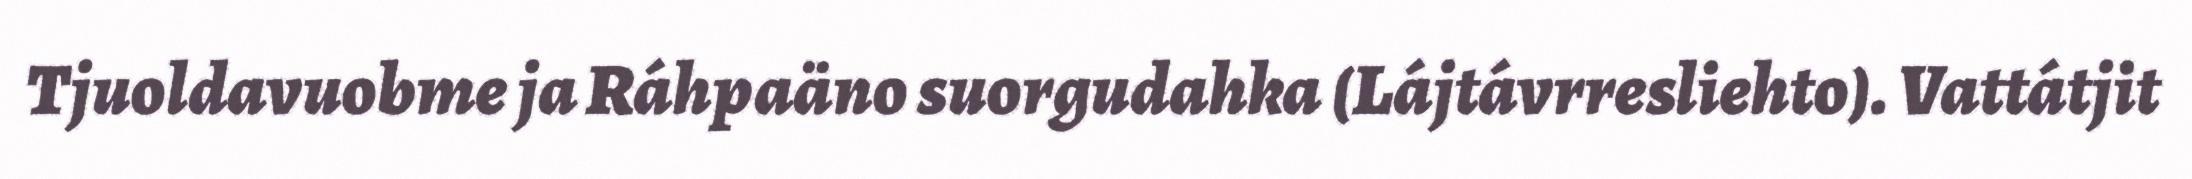
Tjuoldavuobme ja Ráhpaäno suorgudahka (Lájtávrresliehto). Vattátjit